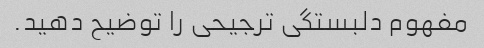
مفهوم دلبستگی ترجیحی را توضیح دهید.